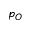
p _ { O }